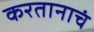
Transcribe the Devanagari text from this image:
करतानाचं